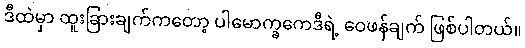
ဒီထဲမှာ ထူးခြားချက်ကတော့ ပါမောက္ခကေဒီရဲ့ ဝေဖန်ချက် ဖြစ်ပါတယ်။